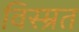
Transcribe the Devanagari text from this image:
विस्म्रत